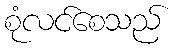
စုံလင်စေသည်